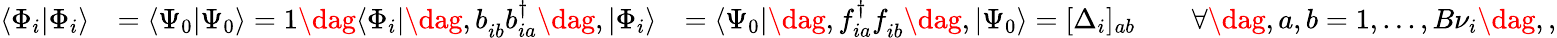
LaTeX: \begin{array}{rlr}{\langle\Phi_{i}|\Phi_{i}\rangle}&{=\langle\Psi_{0}|\Psi_{0}\rangle=1\dag\langle\Phi_{i}|\dag,b_{ib}^{\phantom{\dagger}}b_{ia}^{\dagger}\dag,|\Phi_{i}\rangle}&{=\langle\Psi_{0}|\dag,f_{ia}^{\dagger}f_{ib}^{\phantom{\dagger}}\dag,|\Psi_{0}\rangle=[\Delta_{i}]_{ab}\qquad\forall\dag,a,b=1,...,B{\nu}_{i}\dag,,}\end{array}